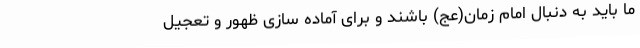
ما باید به دنبال امام زمان(عج) باشند و برای آماده سازی ظهور و تعجیل